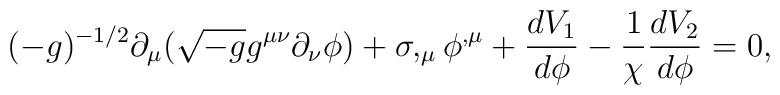
(-g)^{-1/2}\partial_{\mu}(\sqrt{-g}g^{\mu\nu}\partial_{\nu}\phi)+ \sigma,_{\mu}\phi ^{,\mu}+\frac{dV_{1}}{d\phi}-\frac{1}{\chi}\frac{dV_{2}}{d\phi}=0,